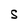
Character: S